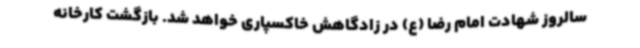
سالروز شهادت امام رضا (ع) در زادگاهش خاکسپاری خواهد شد. بازگشت کارخانه